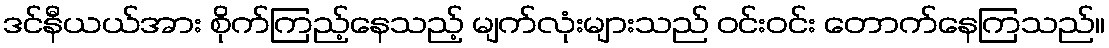
ဒင်နီယယ်အား စိုက်ကြည့်နေသည့် မျက်လုံးများသည် ဝင်းဝင်း တောက်နေကြသည်။